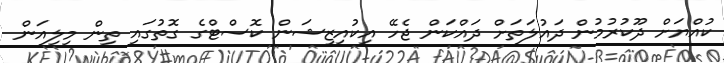
ކުއްޔަށް ދޫކުރުމުން ދައުލަތަށް ދައްކަން ޖެހޭ އިކުއިޒިޝަން ކޮސްޓްގެ ގޮތުގައި ތިން މިލިއަން